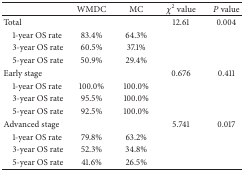
<table><thead><tr><td><b> </b></td><td><b>WMDC</b></td><td><b>MC</b></td><td><b><i>χ</i><sup>2</sup>value</b></td><td><b><i>P</i> value</b></td></tr></thead><tbody><tr><td>Total</td><td> </td><td> </td><td>12.61</td><td>0.004</td></tr><tr><td> 1-year OS rate</td><td>83.4%</td><td>64.3%</td><td> </td><td> </td></tr><tr><td> 3-year OS rate</td><td>60.5%</td><td>37.1%</td><td> </td><td> </td></tr><tr><td> 5-year OS rate</td><td>50.9%</td><td>29.4%</td><td> </td><td> </td></tr><tr><td>Early stage</td><td> </td><td> </td><td>0.676</td><td>0.411</td></tr><tr><td> 1-year OS rate</td><td>100.0%</td><td>100.0%</td><td> </td><td> </td></tr><tr><td> 3-year OS rate</td><td>95.5%</td><td>100.0%</td><td> </td><td> </td></tr><tr><td> 5-year OS rate</td><td>92.5%</td><td>100.0%</td><td> </td><td> </td></tr><tr><td>Advanced stage</td><td> </td><td> </td><td>5.741</td><td>0.017</td></tr><tr><td> 1-year OS rate</td><td>79.8%</td><td>63.2%</td><td> </td><td> </td></tr><tr><td> 3-year OS rate</td><td>52.3%</td><td>34.8%</td><td> </td><td> </td></tr><tr><td> 5-year OS rate</td><td>41.6%</td><td>26.5%</td><td> </td><td> </td></tr></tbody></table>